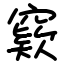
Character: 窽